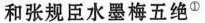
和张规臣水墨梅五绝^{①}